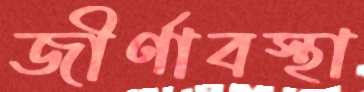
জীর্ণাবস্থা